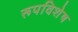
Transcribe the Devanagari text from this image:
रूपविशेष